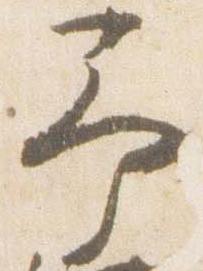
予